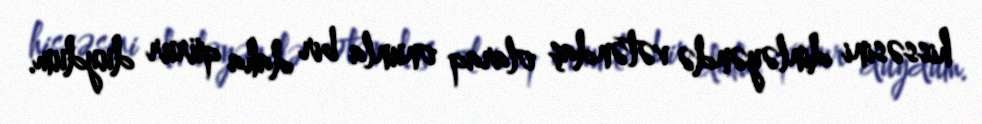
hissəsini dinləyəndə vətəndaş olaraq onunla bir daha qürur duydum.